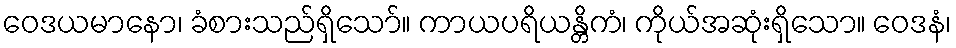
ဝေဒယမာနော၊ ခံစားသည်ရှိသော်။ ကာယပရိယန္တိကံ၊ ကိုယ်အဆုံးရှိသော။ ဝေဒနံ၊